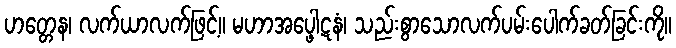
ဟတ္တေန၊ လက်ယာလက်ဖြင့်။ မဟာအပ္ဖေါဋနံ၊ သည်းစွာသောလက်ပမ်းပေါက်ခတ်ခြင်းကို။